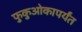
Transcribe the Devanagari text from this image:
फुकुओकापर्यंत